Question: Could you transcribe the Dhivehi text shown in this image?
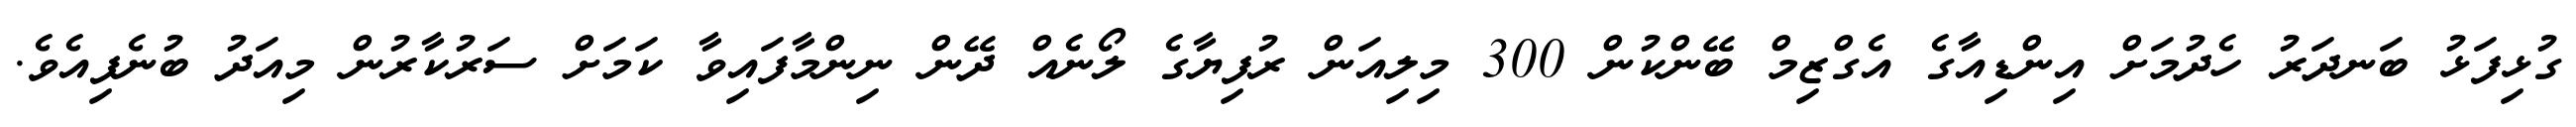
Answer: ގުޅިފަޅު ބަނދަރު ހެދުމަށް އިންޑިއާގެ އެގްޒިމް ބޭންކުން 300 މިލިއަން ރުފިޔާގެ ލޯނެއް ދޭން ނިންމާފައިވާ ކަމަށް ސަރުކާރުން މިއަދު ބުނެފިއެވެ.